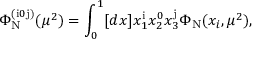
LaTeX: \Phi _ { \mathrm { N } } ^ { ( \mathrm { i } 0 \mathrm { j } ) } ( \mu ^ { 2 } ) = \int _ { 0 } ^ { 1 } [ d x ] x _ { 1 } ^ { \mathrm { i } } x _ { 2 } ^ { 0 } x _ { 3 } ^ { \mathrm { j } } \Phi _ { \mathrm { N } } ( x _ { i } , \mu ^ { 2 } ) ,